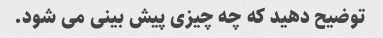
توضیح دهید که چه چیزی پیش بینی می شود.